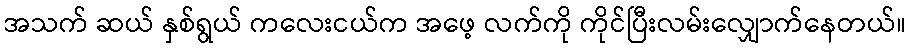
အသက် ဆယ် နှစ်ရွယ် ကလေးငယ်က အဖေ့ လက်ကို ကိုင်ပြီးလမ်းလျှောက်နေတယ်။